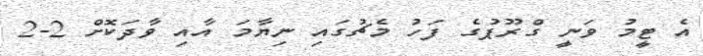
އެ ޓީމު ވަނީ ގްރޫޕުގެ ފަހު މެޗުގައި ނިޔާމަ އާއި ވާދަކޮށް 2-2